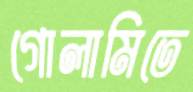
গোলামিতে